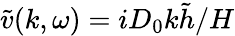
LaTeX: \tilde{v}(k,\omega)=iD_{0}k\tilde{h}/H